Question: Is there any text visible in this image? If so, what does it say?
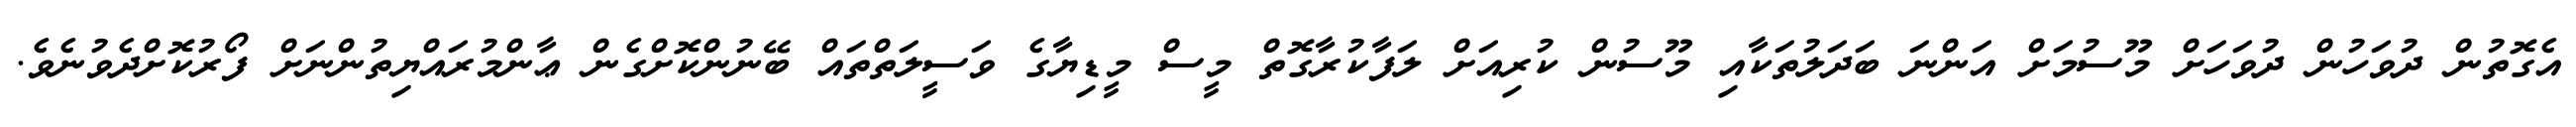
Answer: އެގޮތުން ދުވަހުން ދުވަހަށް މޫސުމަށް އަންނަ ބަދަލުތަކާއި މޫސުން ކުރިއަށް ލަފާކުރާގޮތް މީސް މީޑިޔާގެ ވަސީލަތްތައް ބޭނުންކޮށްގެން ޢާންމުރައްޔިތުންނަށް ފޯރުކޮށްދެވުނެވެ.